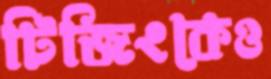
টিজিংকেও